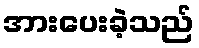
အားပေးခဲ့သည်